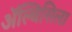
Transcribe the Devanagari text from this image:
ॲल्बिसिला